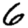
Digit: 6